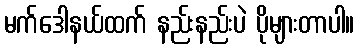
မက်ဒေါနယ်ထက် နည်းနည်းပဲ ပိုများတာပါ။